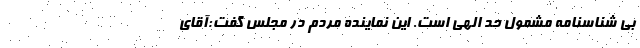
بی شناسنامه مشمول حد الهی است. این نماینده مردم در مجلس گفت:آقای